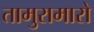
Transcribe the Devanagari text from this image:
तामुरामारो